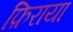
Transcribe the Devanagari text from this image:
फ़िराया